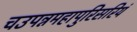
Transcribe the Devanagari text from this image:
चउपन्नमहापुरिसरियं